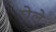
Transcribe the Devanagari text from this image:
घेले